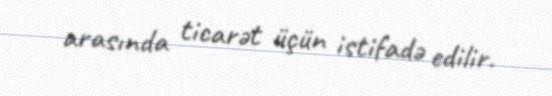
arasında ticarət üçün istifadə edilir.